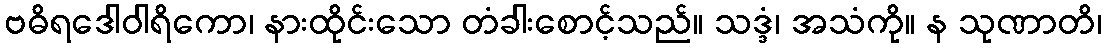
ဗဓိရဒေါဝါရိကော၊ နားထိုင်းသော တံခါးစောင့်သည်။ သဒ္ဒံ၊ အသံကို။ န သုဏာတိ၊